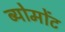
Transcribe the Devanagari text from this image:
ब्योमोंट